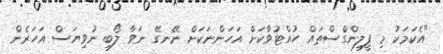
"އެކަމަކު މި ފީލިންގްސްތައް ހުއްޓުވާކަށް އަހަންނަކަށް ނޭނގޭ ނަވާ ލޯބި ނުވިޔަސް އަހަރެން